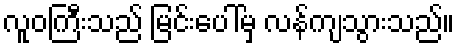
လူဝကြီးသည် မြင်းပေါ်မှ လန်ကျသွားသည်။